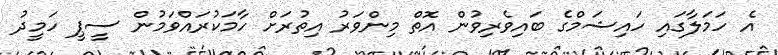
އެ ހަމަލާގައި ހައިޝަމްގެ ބައިވެރިވުން އޮތް މިންވަރު އިތުރަށް ހާމަކުރައްވަމުން ސީޕީ ހަމީދު